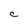
Character: C